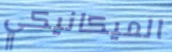
الميكانيكي